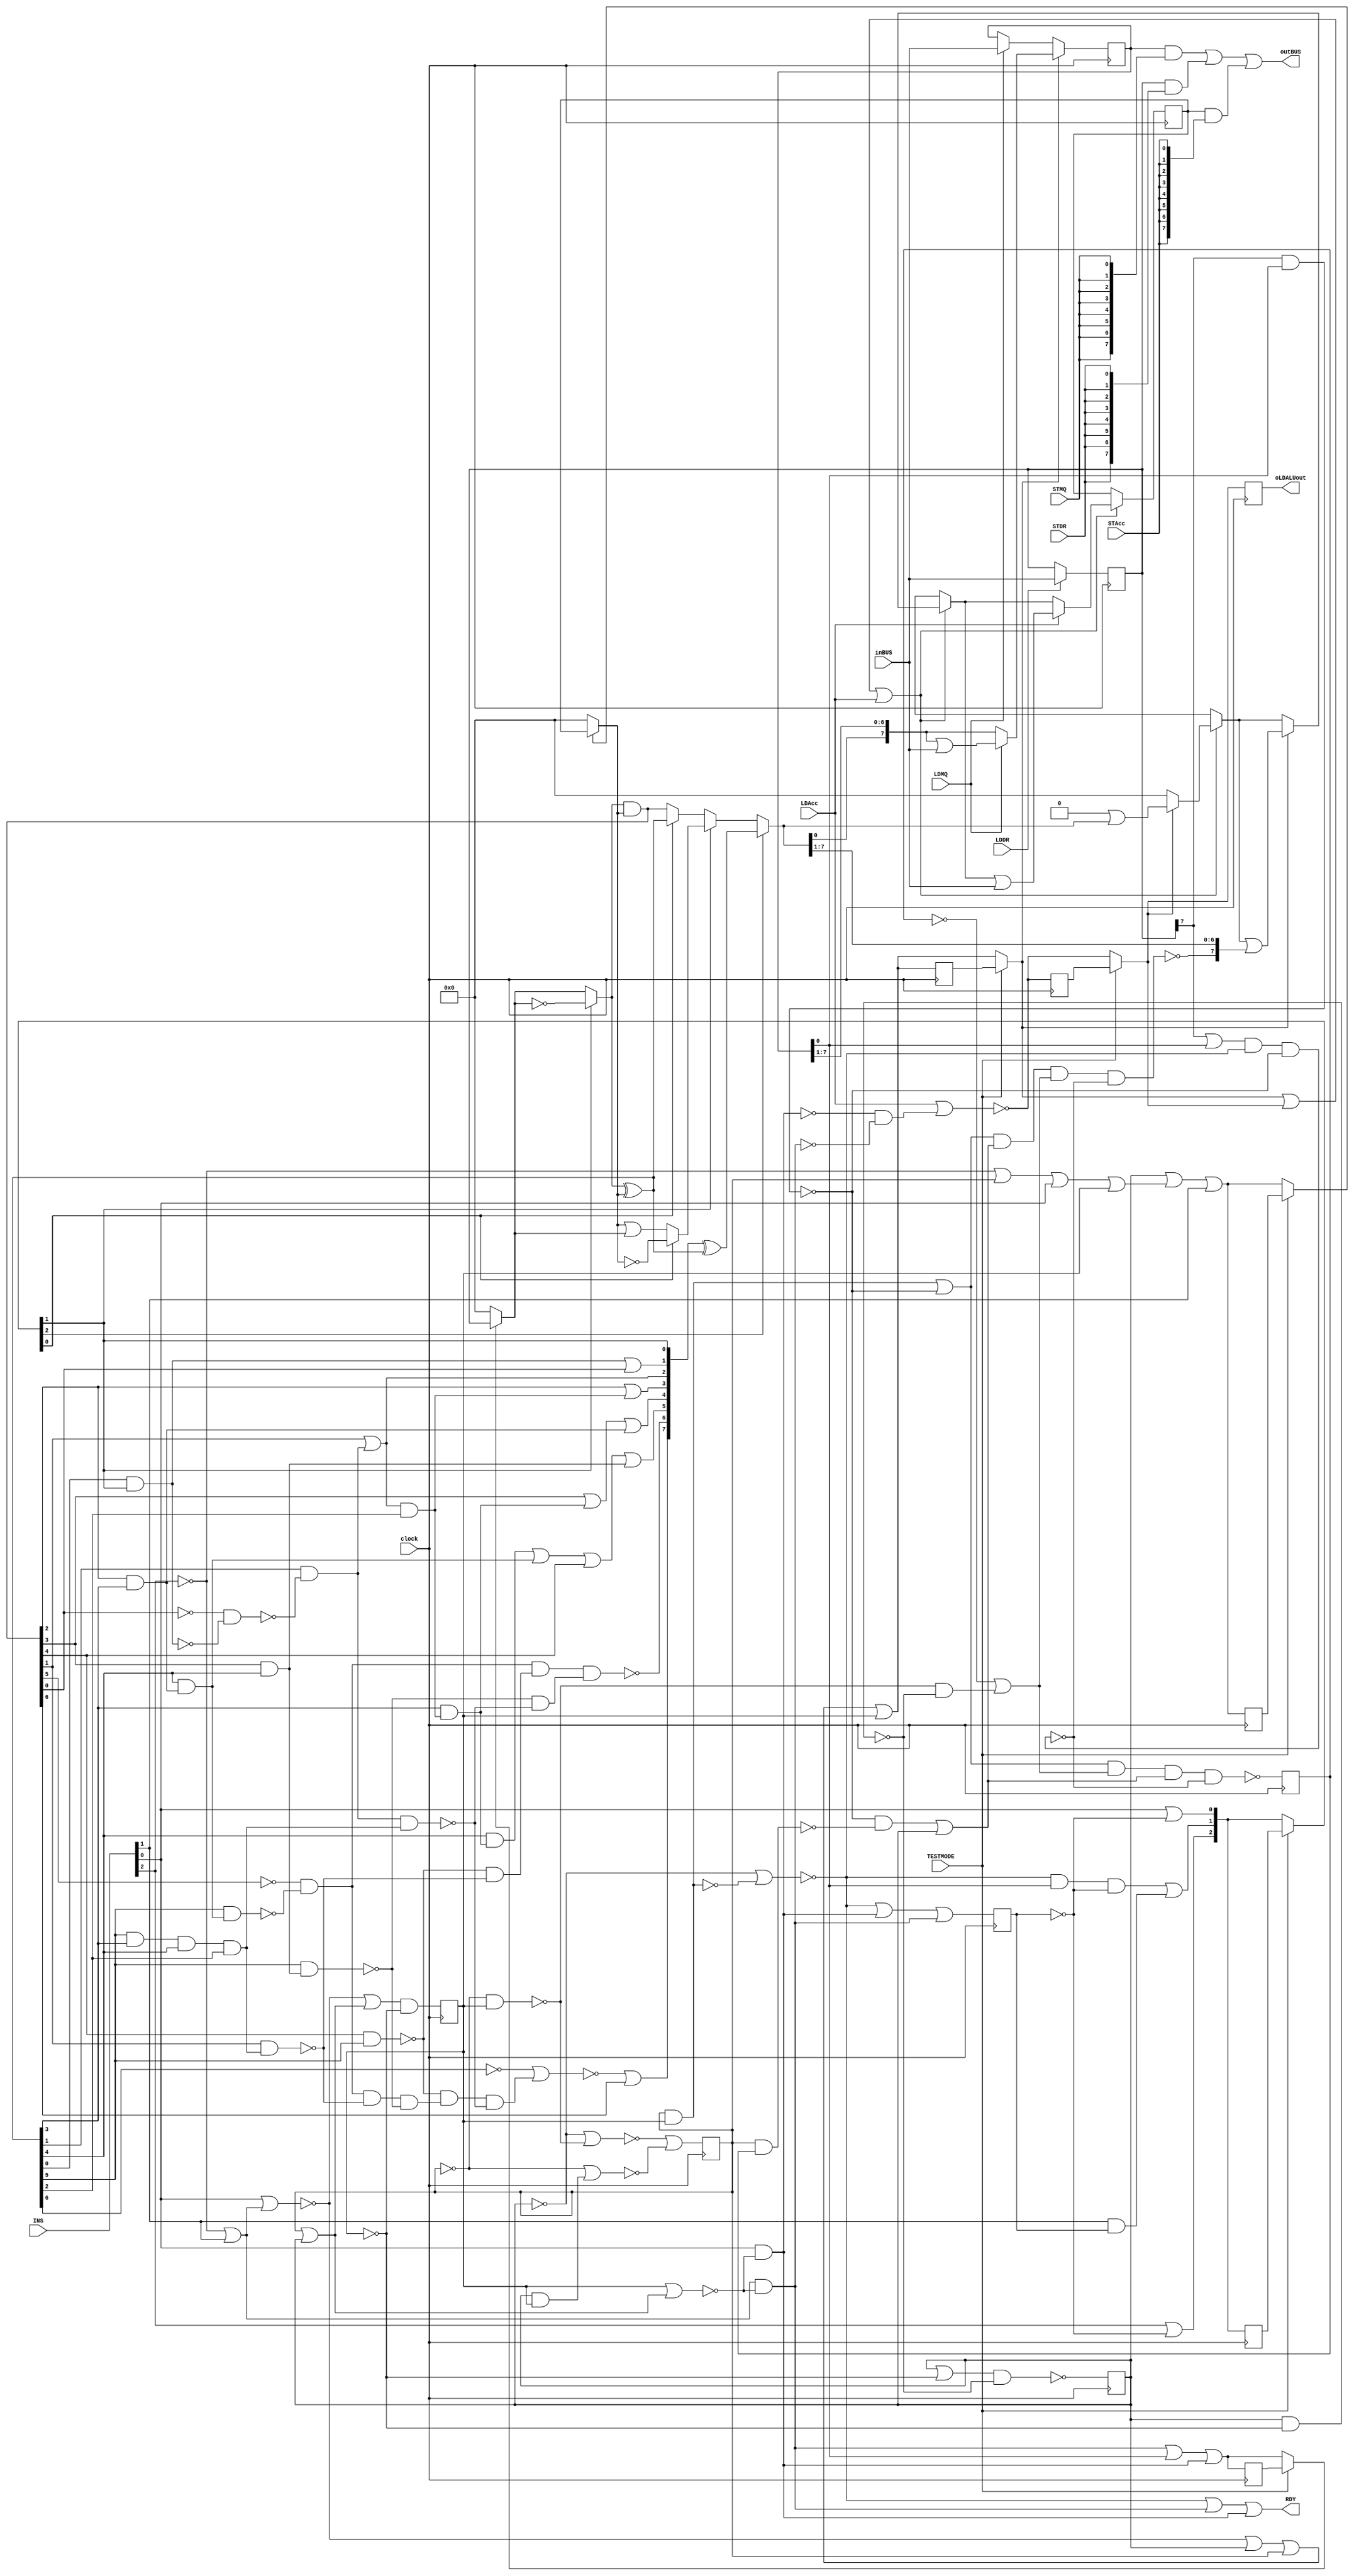
// 18 inputs
// 10 outputs
// 37 D-type flipflops
// 132 inverters
// 437 gates (235 ANDs + 74 NANDs + 41 ORs + 87 NORs 0 XORs 0 XNORs)
module s1269(clock, INS, LDAcc, LDMQ, LDDR, STAcc, STMQ, STDR, TESTMODE,
	     inBUS, outBUS, RDY, oLDALUout);
    input	 clock, LDAcc, LDMQ, LDDR, STAcc, STMQ, STDR, TESTMODE;
    input [2:0]  INS;
    input [7:0]  inBUS;
    output [7:0] outBUS;
    output 	 RDY, oLDALUout;

    reg [7:0] 	 Acc_q, MQ_q, DR_q;
    reg [2:0] 	 qINSo;
    reg 	 I679, I680, I681, I682, I683;
    reg 	 qLDALUout, oLDALUout, qPass1, qPass2, qShiftRight;

    wire [7:0]   ALUout, I235, I236, I238, I240, I241, I242, I243,
		 I246, I247, I248, I250;
    wire [2:1] 	 I783;
    wire [2:0] 	 mINSo, INSo;
    wire 	 mShiftRight, ShiftRight, Pass1, Pass2, F, mLDALUout,
		 LDALUout,
		 I710, I711, I712, I759, I686, I251, I252, I292, I306,
		 I290, I310, I308, I296, I302, I761, I741, I737, I749,
		 I735, I745, I751, I755, I765, I685, I757, I739, I747,
		 I684, I688, I687, I287, I283, I281, I277, I285, I303,
		 I279, I730, I754, I768, I744, I764, I300, I294,
		 I298, I311, I315, I330, I337, I769, I772, I788, I791,
		 I794, I808, I811, I816;

    assign I811 = I749 & I751;
    assign I794 = I739 & ~I747;
    assign I330 = ~I243[0] & I287;
    assign I315 = I242[4] & I298;
    assign I337 = I243[1] | I294;
    assign I311 = ~I242[6] | I302;
    assign I761 = ~(DR_q[7] & MQ_q[0]);
    assign I741 = ~(I679 & I682);
    assign I783[2] = INS[1] & I683;
    assign I783[1] = I754 & MQ_q[0] & ~I683;
    assign INSo[2] = INS[2] | ~I683;
    assign INSo[1] = I783[1] | I783[2];
    assign INSo[0] = INS[0] | ~I683;
    assign Pass1 = I680 | I768 | INS[1];
    assign Pass2 = I747 | MQ_q[0] | ~I739;
    assign I739 = ~(INS[0] & I764);
    assign I747 = I735 & I764;
    assign I684 = ~I769 | I730;
    assign I769 = I711 | I749;
    assign I749 = ~(I710 & I681);
    assign I730 = ~(I710 | I788);
    assign I788 = I680 & I681;
    assign I685 = ~(I772 & I751);
    assign I772 = I680 | I712;
    assign I751 = ~(I680 & I712);
    assign I686 = I791 & I712;
    assign I791 = I744 | I745;
    assign I745 = I679 | I680;
    assign I710 = ~ I679;
    assign I711 = ~ I680;
    assign I712 = ~ I681;
    assign I744 = ~(INS[0] | I735);
    assign I735 = ~INS[2] | INS[1];
    assign I687 = ~(I755 & I759 & I757 & I765);
    assign I755 = ~I737 | I761;
    assign I757 = I808 | ~I711;
    assign I765 = ~(I816 & I754 & I761);
    assign I737 = ~(I679 & I681);
    assign I759 = ~I682 | I811;
    assign I754 = ~(I711 | I737);
    assign I808 = I761 & I741;
    assign I816 = DR_q[7] | MQ_q[0];
    assign I688 = I754 | ~I739 | I747;
    assign ShiftRight = I744 | I680 | I679 | I681;
    assign RDY = I754 | I747 | ~I739;
    assign F = ~(I755 & I757 & I759 & I765);
    assign I287 = ~(I242[0] & I235[0]);
    assign I292 = I243[3] & I242[4];
    assign I283 = ~(I243[4] & I242[5]);
    assign I306 = I242[5] & I242[3] & I242[4] & I242[2];
    assign I290 = I242[4] & I300;
    assign I281 = ~(I242[5] & I292);
    assign I277 = ~(I243[1] & I306);
    assign I285 = ~(I294 & I306);
    assign I310 = I283 & I277;
    assign I308 = I281 & I285;
    assign I303 = I337 & I242[2];
    assign I279 = ~(I242[5] & I290);
    assign I296 = ~I243[5] & I279 & I277 & I281;
    assign I302 = I283 & I296 & I285;
    assign ALUout = mINSo[2] ? I236 : I238;
    assign I236 = I235 ^ I242;
    assign I238 = mINSo[1] ? I241 : I240;
    assign I241 = mINSo[0] ? ~I247 : I250;
    assign I240 = mINSo[0] ? I242 : I243;
    assign I250 = I247 | I248;
    assign I242 = I246 ^ I247;
    assign I243 = I246 & I247;
    assign I247 = I251 ? Acc_q : 0;
    assign I248 = I252 ? DR_q : 0;
    assign I246 = mINSo[1] ? ~I248 : I248;
    assign I251 = TESTMODE ? qPass1 : Pass1;
    assign I252 = TESTMODE ? qPass2 : Pass2;
    assign I235[0] = mINSo[1];
    assign I235[1] = ~I287 | I243[0];
    assign I235[2] = I243[1] | I294;
    assign I235[3] = I243[2] | I303;
    assign I235[4] = I243[3] | I298 | I300;
    assign I235[5] = I315 | I290 | I243[4] | I292;
    assign I235[6] = ~(~I243[5] & I279 & I310 & I308);
    assign I235[7] = ~I311 | I243[6];
    assign outBUS = (MQ_q & {8{STMQ}}) |
	   (DR_q & {8{STDR}}) | (Acc_q & {8{STAcc}});
    assign I768 = ~INS[2] | I679 | INS[0] | I681;
    assign I764 = ~(I681 | I745);
    assign mINSo = TESTMODE ? qINSo : INSo;
    assign mShiftRight = TESTMODE ? qShiftRight : ShiftRight;
    assign LDALUout = ~(LDAcc | I794);
    assign mLDALUout = TESTMODE ? qLDALUout : LDALUout;
    assign I300 = I243[2] & I242[3];
    assign I294 = I242[1] & ~I330;
    assign I298 = I242[3] & I303;

    initial begin
	Acc_q = 0;
	MQ_q = 0;
	DR_q = 0;
	I679 = 0;
	I680 = 0;
	I681 = 0;
	I682 = 0;
	I683 = 0;
	qLDALUout = 0;
	oLDALUout = 0;
	qPass1 = 0;
	qPass2 = 0;
	qShiftRight = 0;
	qINSo = 0;
    end // initial begin

    always @ (posedge clock) begin
	if (LDDR) DR_q = inBUS;
    end

    always @ (posedge clock) begin
	if (mShiftRight) begin
	    if (LDMQ) MQ_q = {ALUout[0],MQ_q[7:1]} | inBUS;
	    else MQ_q = {ALUout[0],MQ_q[7:1]};
	end else if (LDMQ) begin
	    MQ_q = inBUS;
	end
    end

    always @ (posedge clock) begin
	if (mShiftRight || mLDALUout || LDAcc) begin
	    Acc_q = 0;
	    if (mLDALUout)   Acc_q = Acc_q | ALUout;
	    if (mShiftRight) Acc_q = Acc_q | {F,ALUout[7:1]};
	    if (LDAcc)       Acc_q = Acc_q | inBUS;
	end
    end

    always @ (posedge clock) begin
	I679 = I684;
	I680 = I685;
	I681 = I686;
	I682 = I687;
	I683 = I688;
	qLDALUout = LDALUout;
	oLDALUout = mLDALUout;
	qPass1 = Pass1;
	qPass2 = Pass2;
	qShiftRight = ShiftRight;
	qINSo = INSo;
    end
endmodule // s1269